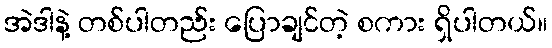
အဲဒါနဲ့ တစ်ပါတည်း ပြောချင်တဲ့ စကား ရှိပါတယ်။